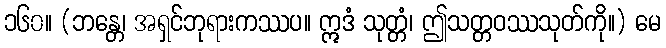
၁၆၀။ (ဘန္တေ၊ အရှင်ဘုရားကဿပ။ ဣဒံ သုတ္တံ၊ ဤသတ္တဝဿသုတ်ကို။) မေ